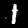
Label: 1